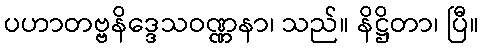
ပဟာတဗ္ဗနိဒ္ဒေသဝဏ္ဏနာ၊ သည်။ နိဋ္ဌိတာ၊ ပြီ။